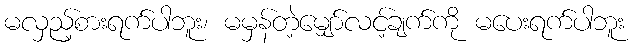
မလှည့်စားရက်ပါဘူး၊ မမှန်တဲ့မျှော်လင့်ချက်ကို မပေးရက်ပါဘူး